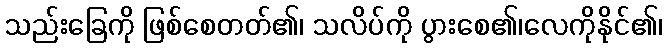
သည်းခြေကို ဖြစ်စေတတ်၏၊ သလိပ်ကို ပွားစေ၏၊လေကိုနိုင်၏၊